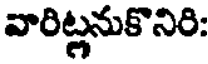
వారిట్లనుకొనిరి: